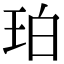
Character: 珀